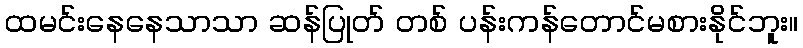
ထမင်းနေနေသာသာ ဆန်ပြုတ် တစ် ပန်းကန်တောင်မစားနိုင်ဘူး။